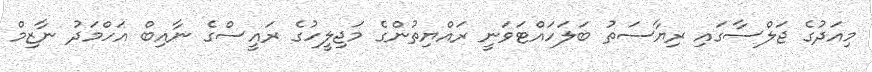
މިއަދުގެ ޖަލްސާގައި ރިޔާސަތު ބަލަހައްޓަވަނީ ރައްޔިތުންގެ މަޖިލީހުގެ ރައީސްގެ ނާއިބް އަހްމަދު ނާޒިމް